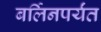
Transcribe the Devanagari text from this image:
बर्लिनपर्यंत